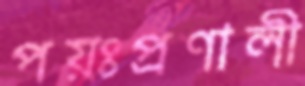
পয়ঃপ্রণালী